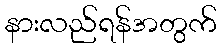
နားလည်ရန်အတွက်